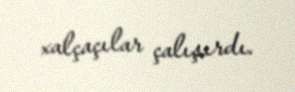
xalçaçılar çalışırdı.